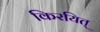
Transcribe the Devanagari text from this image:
किरयित्